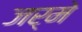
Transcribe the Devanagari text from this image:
जर्मे